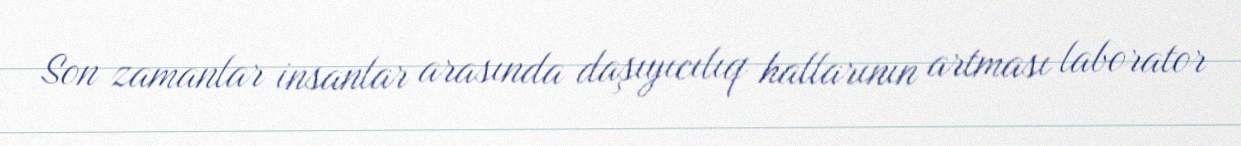
Son zamanlar insanlar arasında daşıyıcılıq hallarının artması laborator